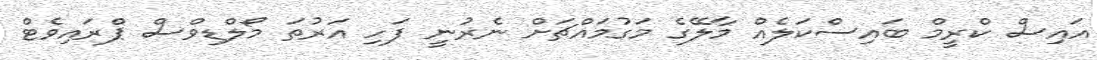
އައިސް ކްރީމް ބައިސްކަލެއް މާލޭގެ މަގުމައްޗަށް ނެރުނީ ފަހި އަރުތަ މޯލްޑިވްސް ޕްރައިވެޓް